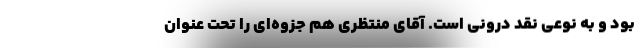
بود و به نوعی نقد درونی است. آقای منتظری هم جزوه‌ای را تحت عنوان